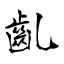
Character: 齓